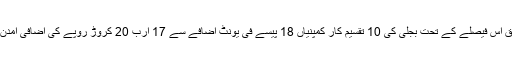
رپورٹ کے مطابق اس فیصلے کے تحت بجلی کی 10 تقسیم کار کمپنیاں 18 پیسے فی یونٹ اضافے سے 17 ارب 20 کروڑ روپے کی اضافی آمدن حاصل کریں گی۔